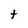
Character: t